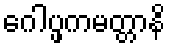
ဂေါပ္ဖကမတ္တာနိ